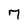
Character: 7